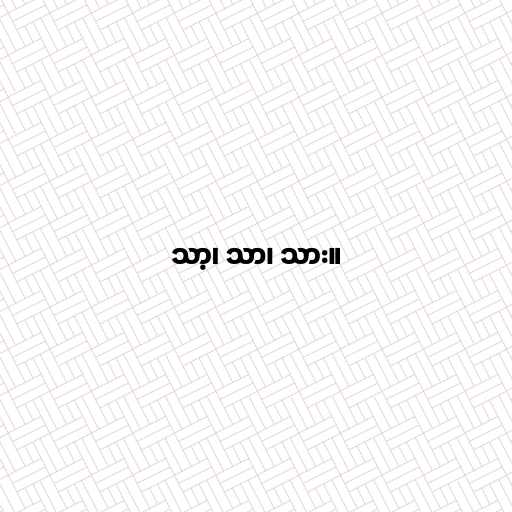
သာ့၊ သာ၊ သား။